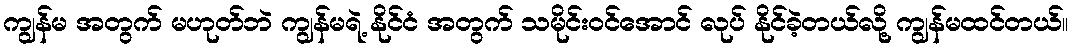
ကျွန်မ အတွက် မဟုတ်ဘဲ ကျွန်မရဲ့ နိုင်ငံ အတွက် သမိုင်းဝင်အောင် လုပ် နိုင်ခဲ့တယ်လို့ ကျွန်မထင်တယ်။